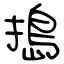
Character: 搗